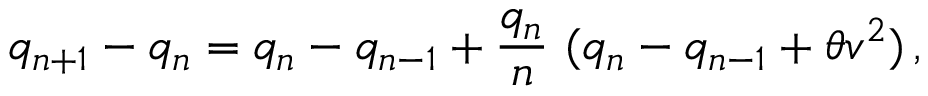
q _ { n + 1 } - q _ { n } = q _ { n } - q _ { n - 1 } + { \frac { q _ { n } } { n } } \, \, ( q _ { n } - q _ { n - 1 } + \theta v ^ { 2 } ) \, ,